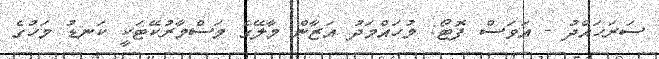
ސަރަހައްދު - އަވަސް ފޮޓޯ: މުހައްމަދު އަޒާން މާލޭގެ މަސްމާރުކޭޓަކީ ކަނޑު މަހުގެ